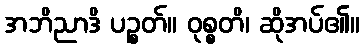
အဘိညာဒိ ပဉ္စတ်။ ဝုစ္စတိ၊ ဆိုအပ်၏။